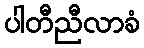
ပါတီညီလာခံ